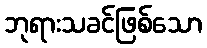
ဘုရားသခင်ဖြစ်သော